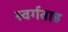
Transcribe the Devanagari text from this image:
स्वर्गवाह